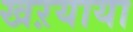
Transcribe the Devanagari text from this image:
खऱयाया